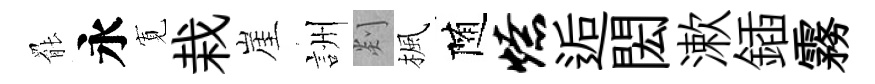
罷永𡩖栽崖詶剡楓随燎逅閎漱鍤霧